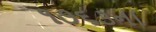
૧૭૬૩ના